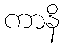
ကာနိ